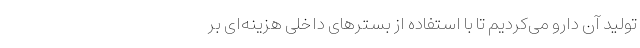
تولید آن دارو می‌کردیم تا با استفاده از بسترهای داخلی هزینه‌ای بر